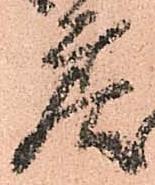
戻